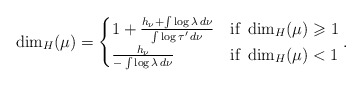
\begin{align*}\dim _H ( \mu ) =\begin{cases} 1 + \frac{ h _\nu + \int \log \lambda \, d \nu }{\int \log \tau ' \, d \nu}& \mbox{if } \dim _H ( \mu ) \geqslant 1 \\ \frac{h _\nu}{- \int \log \lambda \, d \nu} & \mbox{if } \dim _H ( \mu ) < 1 \end{cases} .\end{align*}